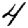
Digit: 4